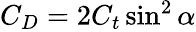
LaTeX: \begin{array}{r}{C_{D}=2C_{t}\sin^{2}\alpha}\end{array}